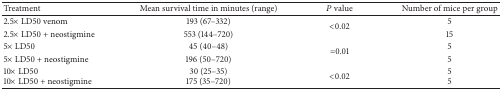
<table><thead><tr><td><b>Treatment</b></td><td><b>Mean survival time in minutes (range)</b></td><td><b><i>P</i> value</b></td><td><b>Number of mice per group</b></td></tr></thead><tbody><tr><td>2.5× LD50 venom</td><td>193 (67–332)</td><td rowspan="2">&lt;0.02</td><td>5</td></tr><tr><td>2.5× LD50 + neostigmine</td><td>553 (144–720)</td><td>15</td></tr><tr><td>5× LD50</td><td>45 (40–48)</td><td rowspan="2">=0.01</td><td>5</td></tr><tr><td>5× LD50 + neostigmine</td><td>196 (50–720)</td><td>5</td></tr><tr><td>10× LD50</td><td>30 (25–35)</td><td rowspan="2">&lt;0.02</td><td>5</td></tr><tr><td>10× LD50 + neostigmine</td><td>175 (35–720)</td><td>5</td></tr></tbody></table>